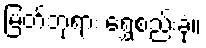
မြတ်ဘုရား ရွှေစည်းခုံ။